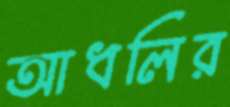
আধলির